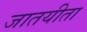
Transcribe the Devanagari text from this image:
जातयीता